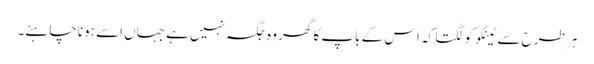
ہر طرح سے ٹینگو کو لگتا کہ اس کے باپ کا گھر وہ جگہ نہیں ہے جہاں اسے ہونا چاہئے۔